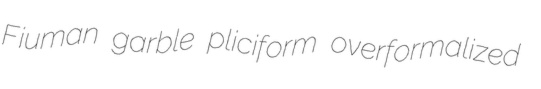
Fiuman garble pliciform overformalized